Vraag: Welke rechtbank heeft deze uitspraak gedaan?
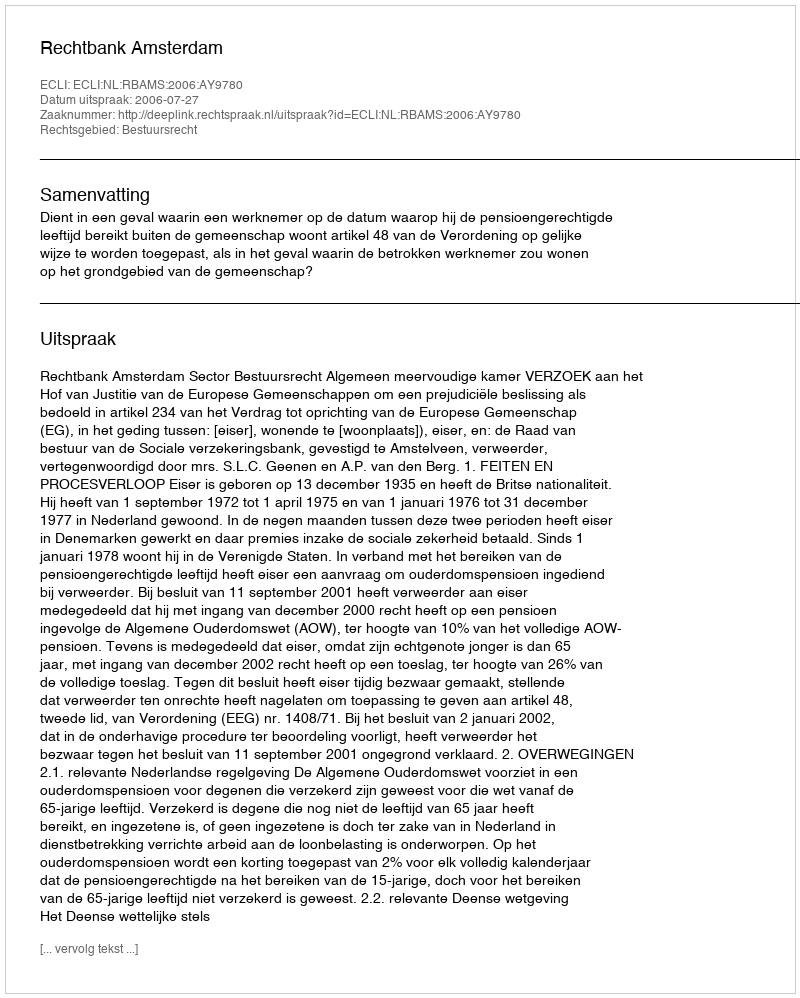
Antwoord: Rechtbank Amsterdam